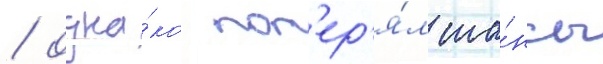
/ одна́ко пот'ер'я́л ша́нсы